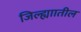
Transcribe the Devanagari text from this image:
जिल्ह्याातील